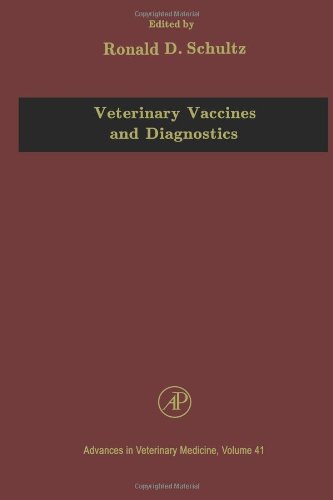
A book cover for Veterinary Vaccines and Diagnostics, Volume 41 (Advances in Veterinary Medicine); Medical Books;